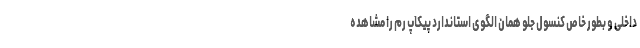
داخلی و بطور خاص کنسول جلو همان الگوی استاندارد پیکاپ رم را مشاهده